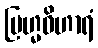
ဗြဟ္မဝိဟာရံ